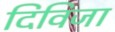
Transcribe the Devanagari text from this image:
दिविजा